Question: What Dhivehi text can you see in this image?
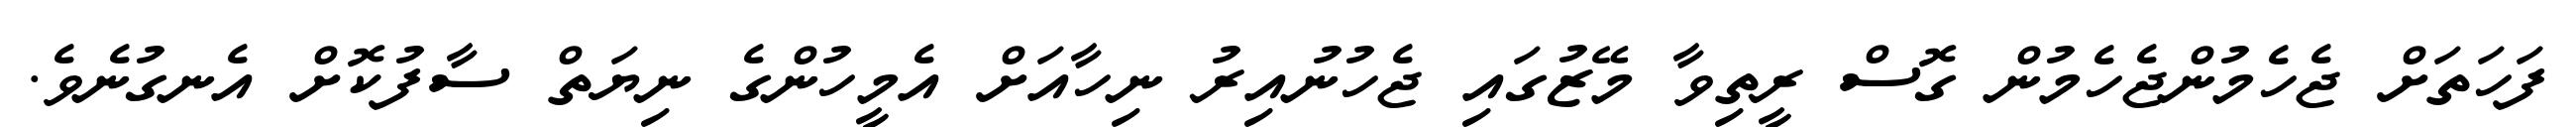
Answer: ފަހަތަށް ޖެހެމުންޖެހެމުން ގޮސް ރީތިވާ މޭޒުގައި ޖެހުނުއިރު ނިހާއަށް އެމީހުންގެ ނިޔަތް ސާފުކޮށް އެނގުނެވެ.